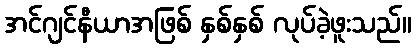
အင်ဂျင်နီယာအဖြစ် နှစ်နှစ် လုပ်ခဲ့ဖူးသည်။